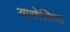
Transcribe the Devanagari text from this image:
आस्त्रेलिया